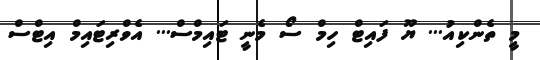
މީ ތެންކިއު... ޔޫ ފައިޓް ހިމް ސޯ މެނީ ޓައިމްސް... އެވްރިޓައިމް އިޓްސް